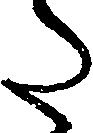
た